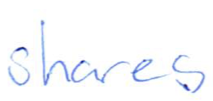
Text: shares
Cross-out: clean
Writing tool: ballpoint